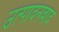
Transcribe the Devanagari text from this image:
उत्पादनवाद